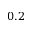
0 . 2